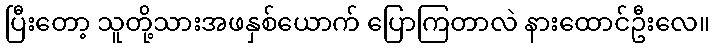
ပြီးတော့ သူတို့သားအဖနှစ်ယောက် ပြောကြတာလဲ နားထောင်ဦးလေ။